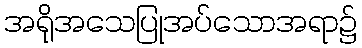
အရိုအသေပြုအပ်သောအရာ၌